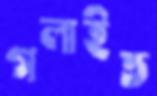
গলাইত